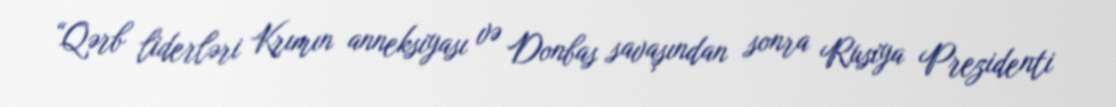
“Qərb liderləri Krımın anneksiyası və Donbas savaşından sonra Rusiya Prezidenti